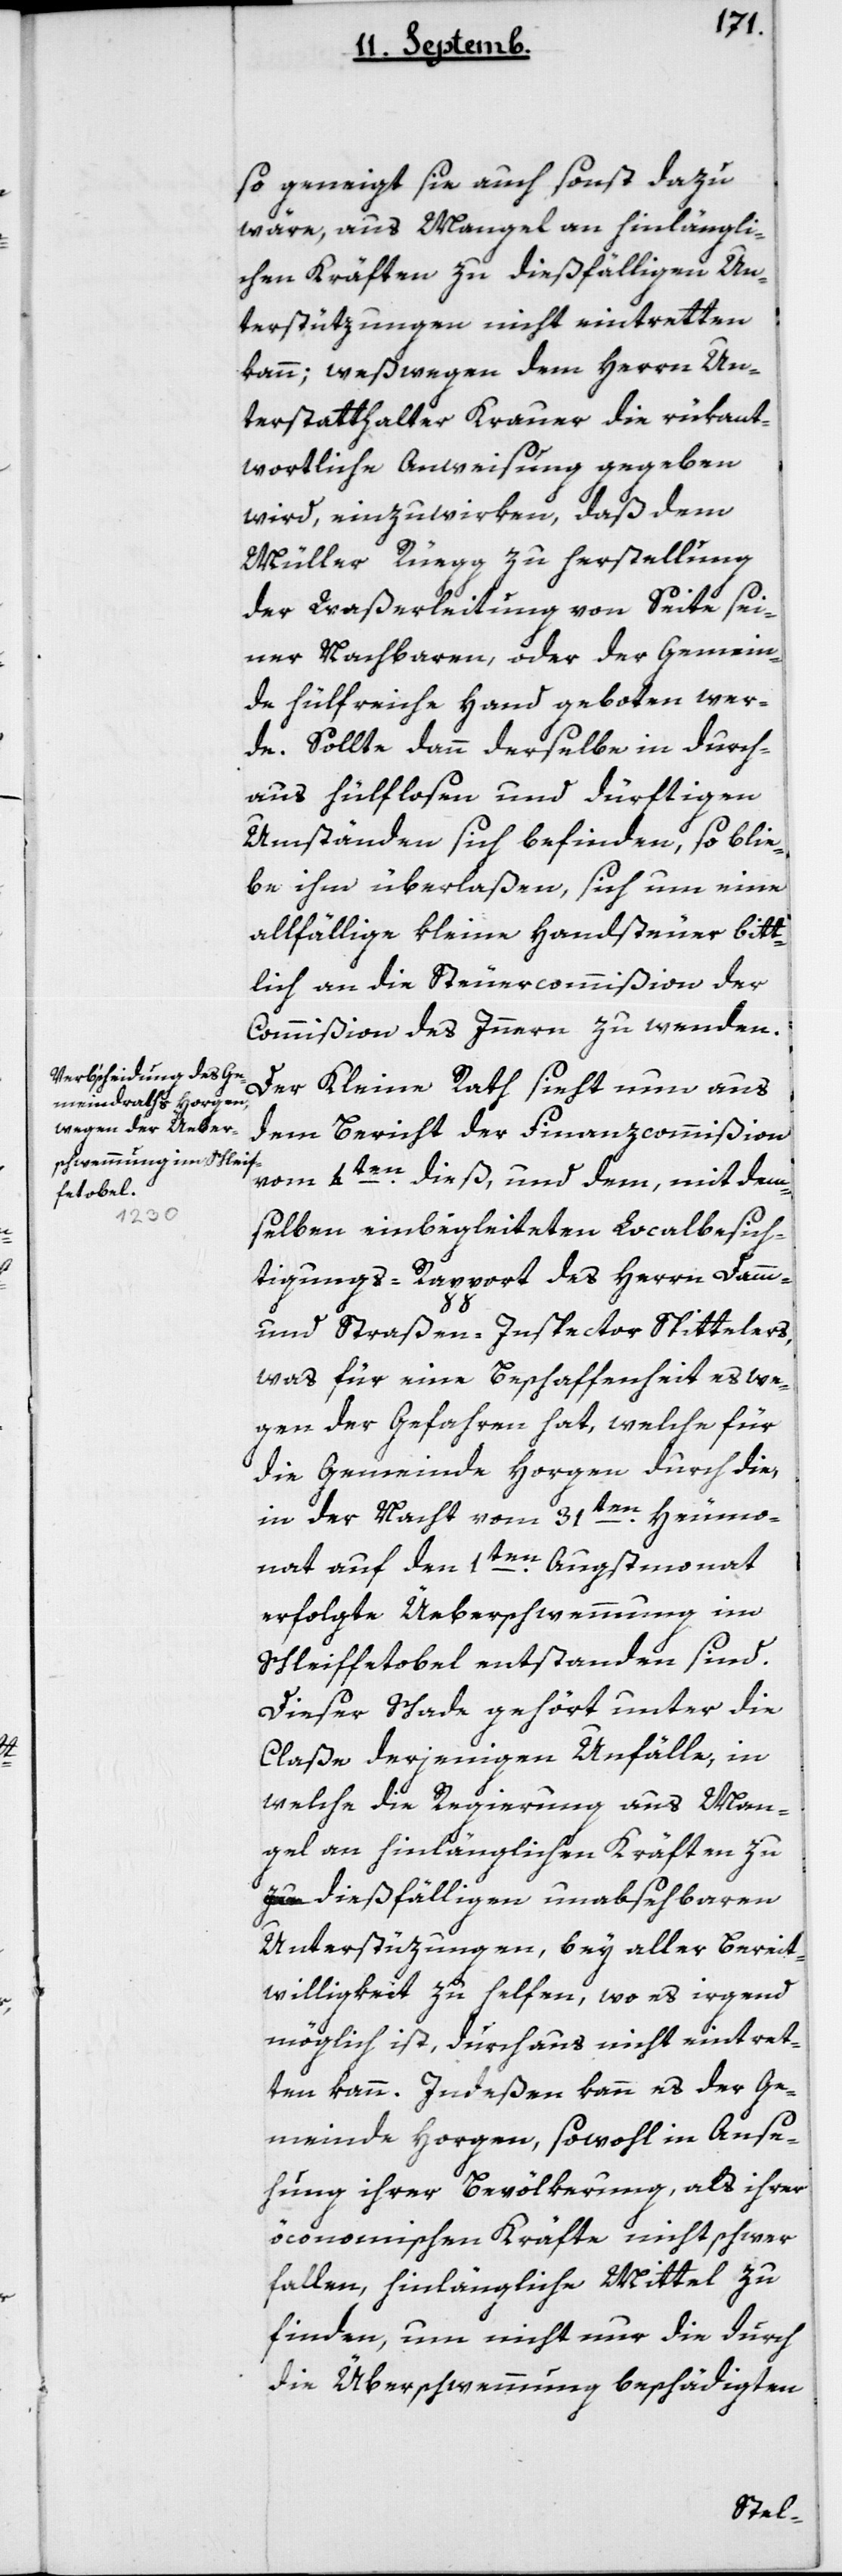
so geneigt sie auch sonst dazu
wäre, aus Mangel an hinlängli¬
chen Kräften zu dießfälligen Un¬
terstüzungen nicht eintretten
kann, weswegen dem Herrn Un¬
terstatthalter Krauer die rükant¬
wortliche Anweisung gegeben
Müller Rüegg zu Herstellung
der Waßerleitung von Seite sei¬
ner Nachbaren oder der Gemein¬
de hülfreiche Hand geboten wer¬
de. Sollte dann derselbe in durch¬
aus hülflosen und dürftigen
Umständen sich befinden, so blie¬
be ihm überlaßen, sich um eine
allfällige kleine Handsteuer bitt¬
lich an die Steuercommißion der
Commißion des Innern zu wenden.
Der Kleine Rath sieht nun aus
dem Bericht der Finanzcommißion
vom 4ten dieß, und dem, mit dem¬
selben einbegleiteten Localbesich¬
tigungs-Rapport des Herrn Damm-
und Straßen-Inspectors Spittelers,
was für eine Beschaffenheit es we¬
gen der Gefahren hat, welche für
die Gemeinde Horgen durch die,
in der Nacht vom 31ten Heumo¬
nat auf den 1ten Augstmonat
erfolgte Überschwemmung im
Schleiffetobel entstanden sind.
Dieser Schade gehört unter die
Claße derjenigen Unfälle, in
welche die Regierung aus Man¬
gel an hinlänglichen Kräften zu
dießfälligen unabsehbaren
Unterstüzungen, bey aller Bereit¬
willigkeit zu helfen, wo es irgend
möglich ist, durchaus nicht eintret¬
ten kann. Indeßen kann es der Ge¬
meinde Horgen, sowohl in Anse¬
hung ihrer Bevölkerung, als ihrer
öconomischen Kräfte nicht schwer
fallen, hinlängliche Mittel zu
finden, um nicht nur die durch
die Überschwemmung beschädigten